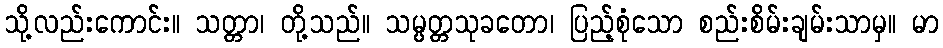
သို့လည်းကောင်း။ သတ္တာ၊ တို့သည်။ သမ္ပတ္တသုခတော၊ ပြည့်စုံသော စည်းစိမ်းချမ်းသာမှ။ မာ